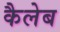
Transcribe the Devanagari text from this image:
कैलेब